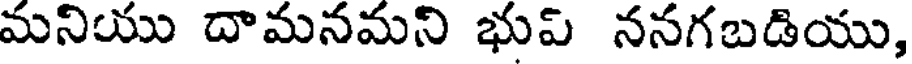
మనియు దామనమని భుప్ ననగబడియు,